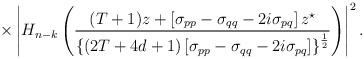
LaTeX: \begin{align*}\times\left|H_{n-k}\left(\frac {(T+1)z+\left[\sigma_{pp}-\sigma_{qq}-2i\sigma_{pq}\right]z^{\star}}{\left\{(2T+4d+1)\left[\sigma_{pp}-\sigma_{qq}-2i\sigma_{pq}\right]\right\}^{\frac 12}}\right)\right|^2.\end{align*}